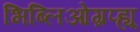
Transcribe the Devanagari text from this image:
भिब्लिओग्रप्ह्य्